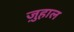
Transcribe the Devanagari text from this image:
ज़ुहाल